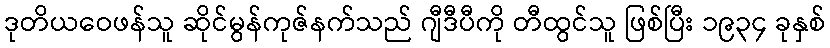
ဒုတိယဝေဖန်သူ ဆိုင်မွန်ကုဇ်နက်သည် ဂျီဒီပီကို တီထွင်သူ ဖြစ်ပြီး ၁၉၃၄ ခုနှစ်